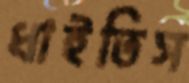
ধাইতিস